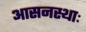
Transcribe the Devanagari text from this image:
आसनस्थाः